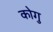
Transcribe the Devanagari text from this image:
कोगु